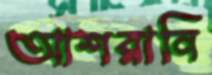
আশরানি